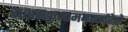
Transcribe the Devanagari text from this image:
राक्षसकुलामयमर्महेतो